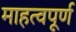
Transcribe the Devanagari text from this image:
माहत्वपूर्ण